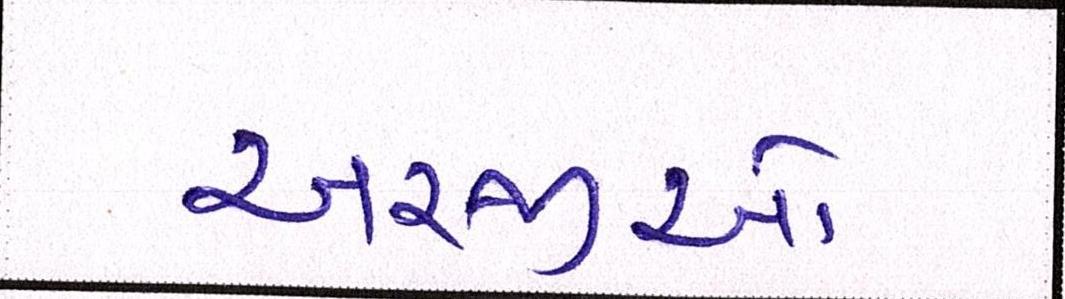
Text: અરજીઓ